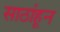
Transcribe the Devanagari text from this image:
साठांहून